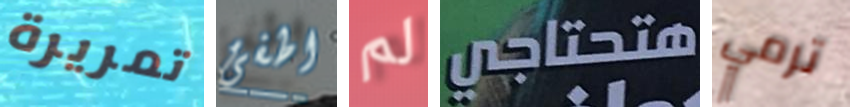
تمريرة اطفئ لم هتحتاجي ترمي